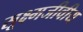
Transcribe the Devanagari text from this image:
सूक्ष्मजीवीय